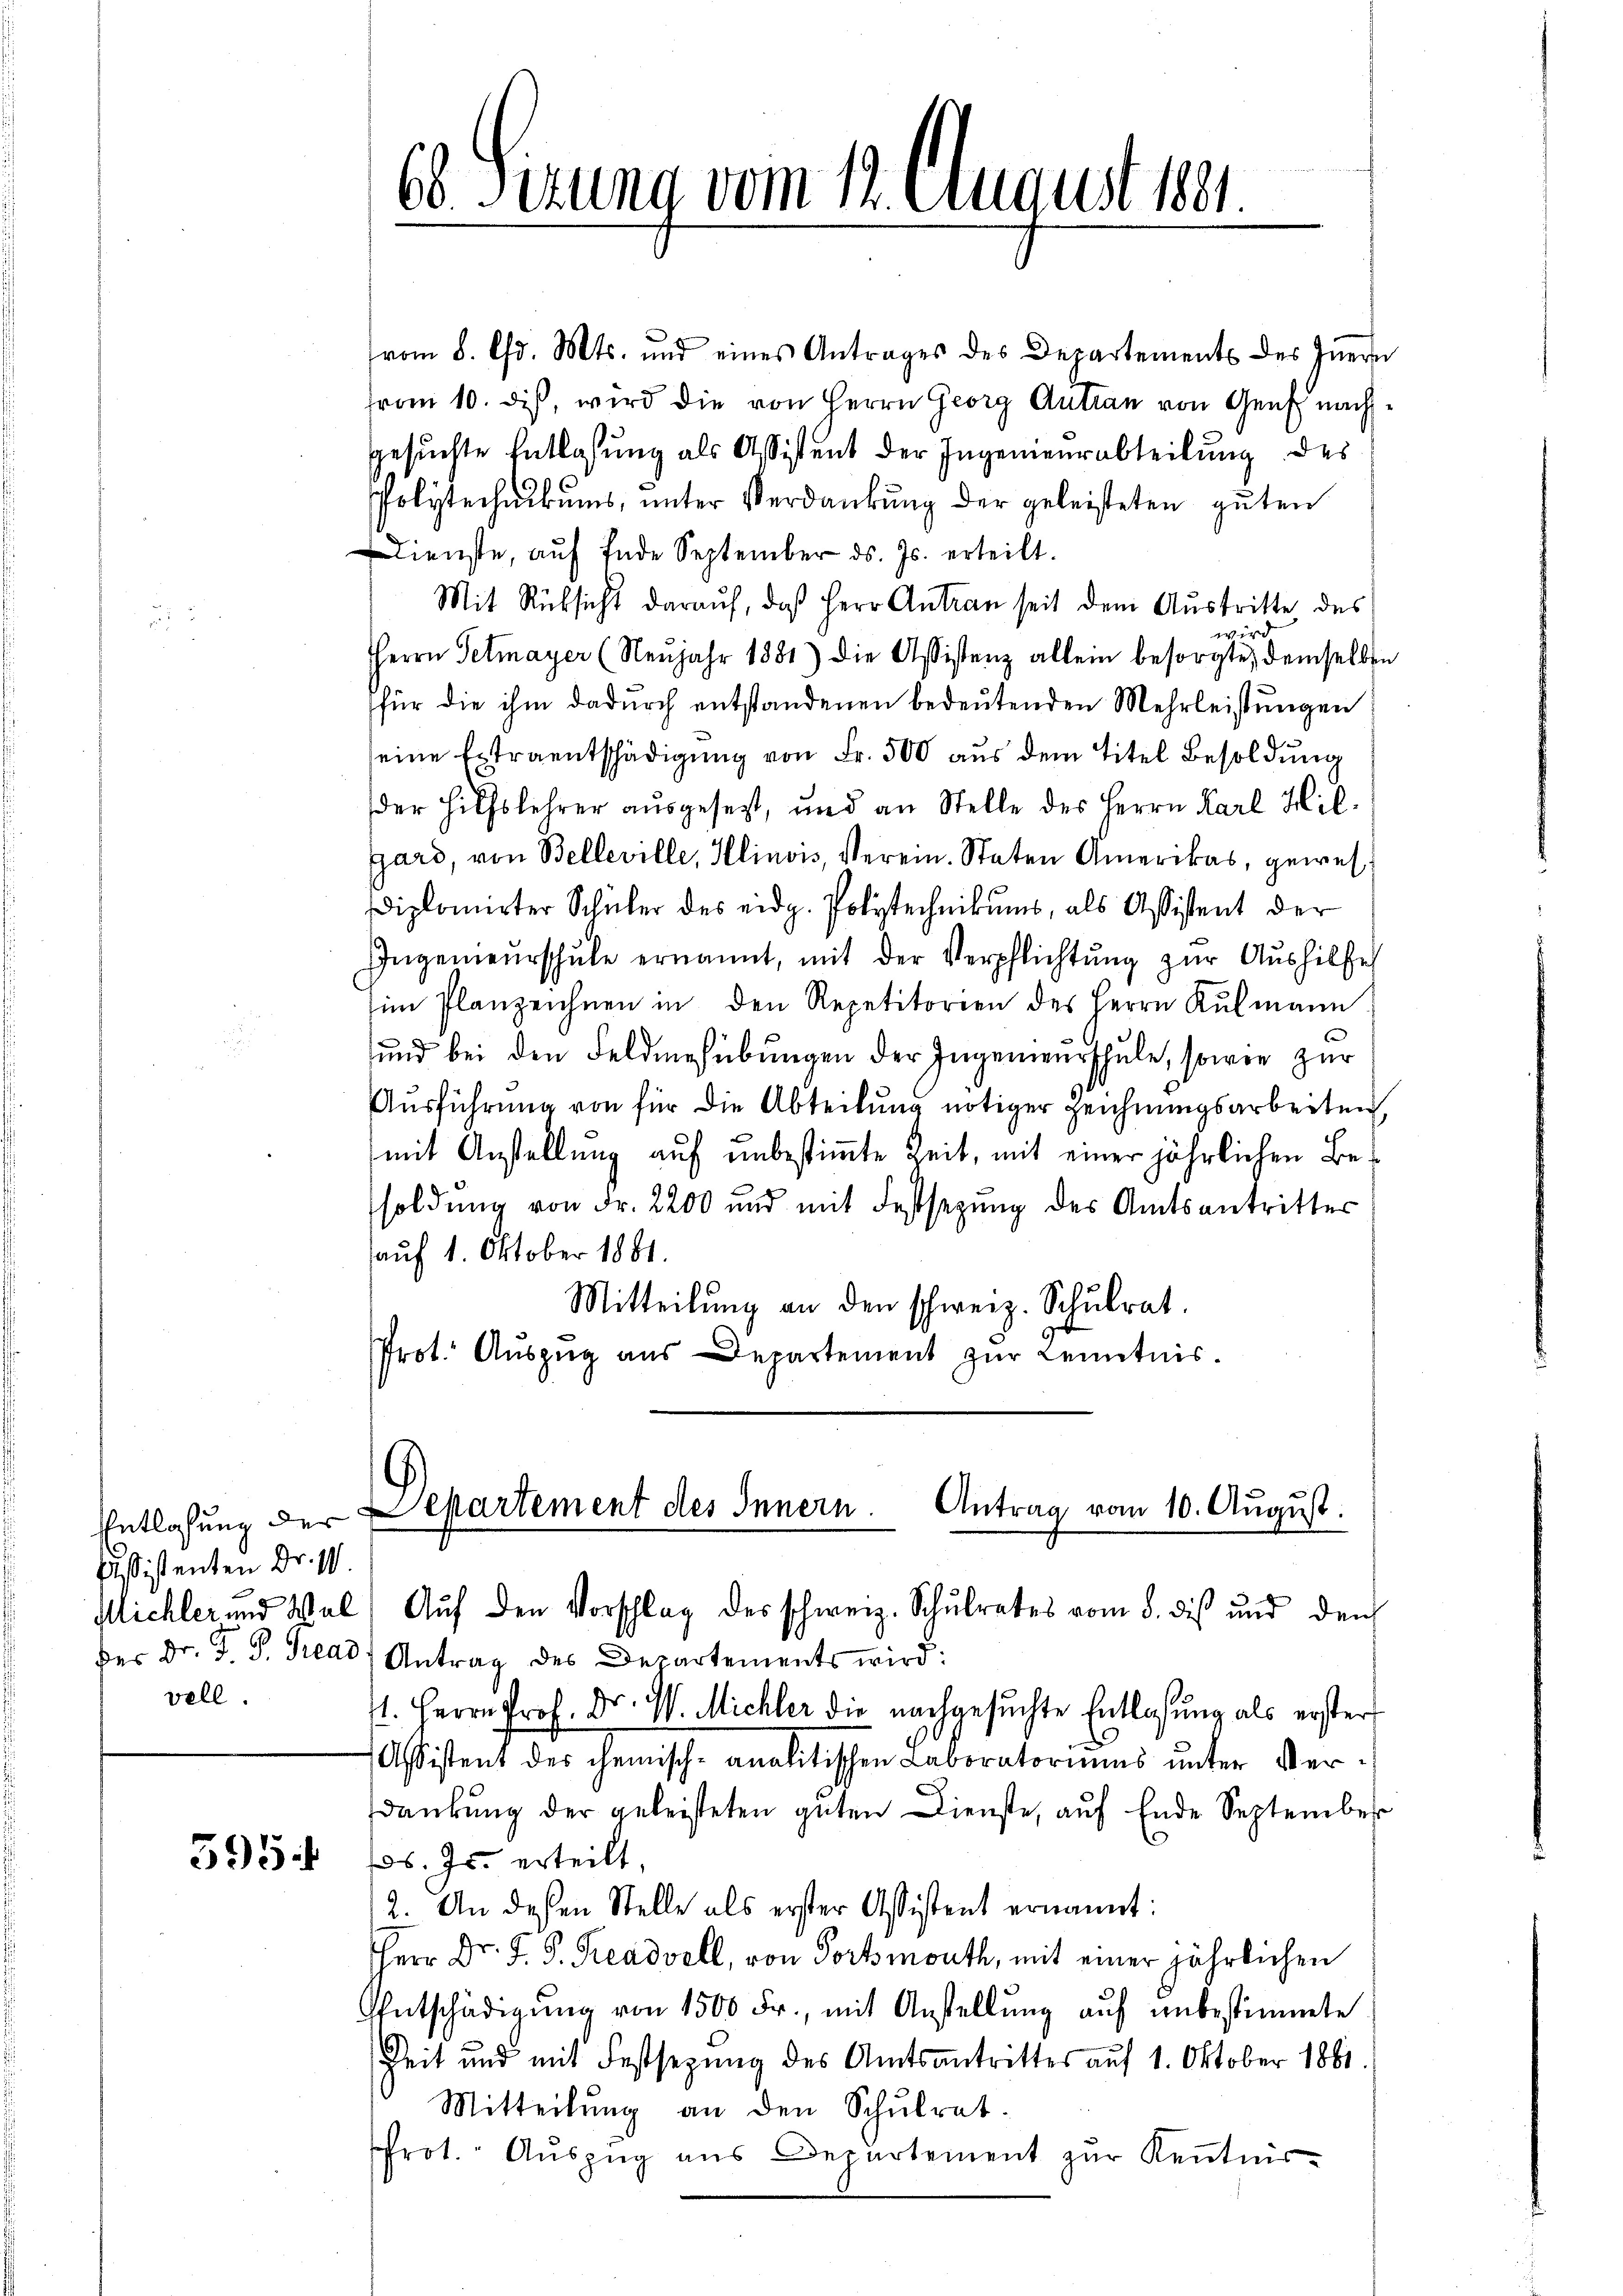
Aßistenten Dr. W.
vell.

595.

(vom 8. d. Mts. und eines Antrages des Departements des Innern
from 10. diß, wird die von Herrn Georg Antran von Genf nachgesuchte Entlassung als Assistent der Ingenieurabteilung des
Polytechnikums, unter Verdankung der geleisteten guten
Dienste, aŭf Ende September ds. Js. erteilt.
Mit Rücksicht darauf, daß Herr Antran seit dem Austritte des
wird
Herrn Petmayer (Neŭjahr 1881) die Assistenz allein besorgte, demselben
für die ihm dadurch entstandenen bedeutenden Mehrleistungen
seine Extraentschädigung von Fr. 500 aus dem Titel Besoldung
der Hilfslehrer ausgesezt, und an Stelle des Herrn Karl Hil¬
Gard, von Belleville, Klinois, Verein. Staten Amerikas, gewes¬
Diplomirter Schüler des eidg. Polytechnikums, als Assistent der
Ingenieŭrschŭle ernannt, mit der Verpflichtŭng zŭr Aŭshilfe
im Planzeichnen in den Repetitorien des Herrn Kŭlmann
und bei den Feldmesübŭngen der Ingenierschule, sowie zur
Ausführung von für die Abteilung nötiger Zeichnungsarbeiten
mit Anstellung auf unbestimmte Zeit, mit einer jährlichen Besoldung von Fr. 2200 und mit Festsezung des Amtsantritter
auf 1. Oktober 1881.
Mitteilŭng an den schweiz. Schŭlrat.
Prot. Auszug aus Departement zur Kenntnis.

b Sizung vom 12. August 1891.

Antrag vom 10. August.
Entlassung der Departement des Innern.

der Dr. F. P. Trend Antrag des Departements wird:
1. Herrn Prof. Dr. V. Michler die nachgesuchte Entlassung als erster
Assistent des chemisch-analitischen Laboratoriums unter Verdankŭng der geleisteten guten Dienste, aŭf Ende September
Jos. Js. erteilt,
12. An dessen Stelle als erster Assistent ernannt:
HHerr Dr. J. J. Kreadvell, von Portmouth, mit einer jährlichen
EEntschädigung von 1500 Fr., mit Anstellung auf unbestimmte
Zeit und mit Festsetzung des Amtsantrittes auf 1. Oktober 1861
Mitteilŭng an den Schŭlrat.
Prot. Aŭszŭg aŭs Departement zŭr Keṅtnis-

Michler und Wal) Auf den Vorschlag des schweiz. Schulrates vom 8. dis und den